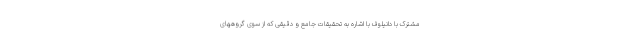
مشترک با دانیلوف با اشاره به تحقیقات جامع و دقیقی که از سوی گروههای